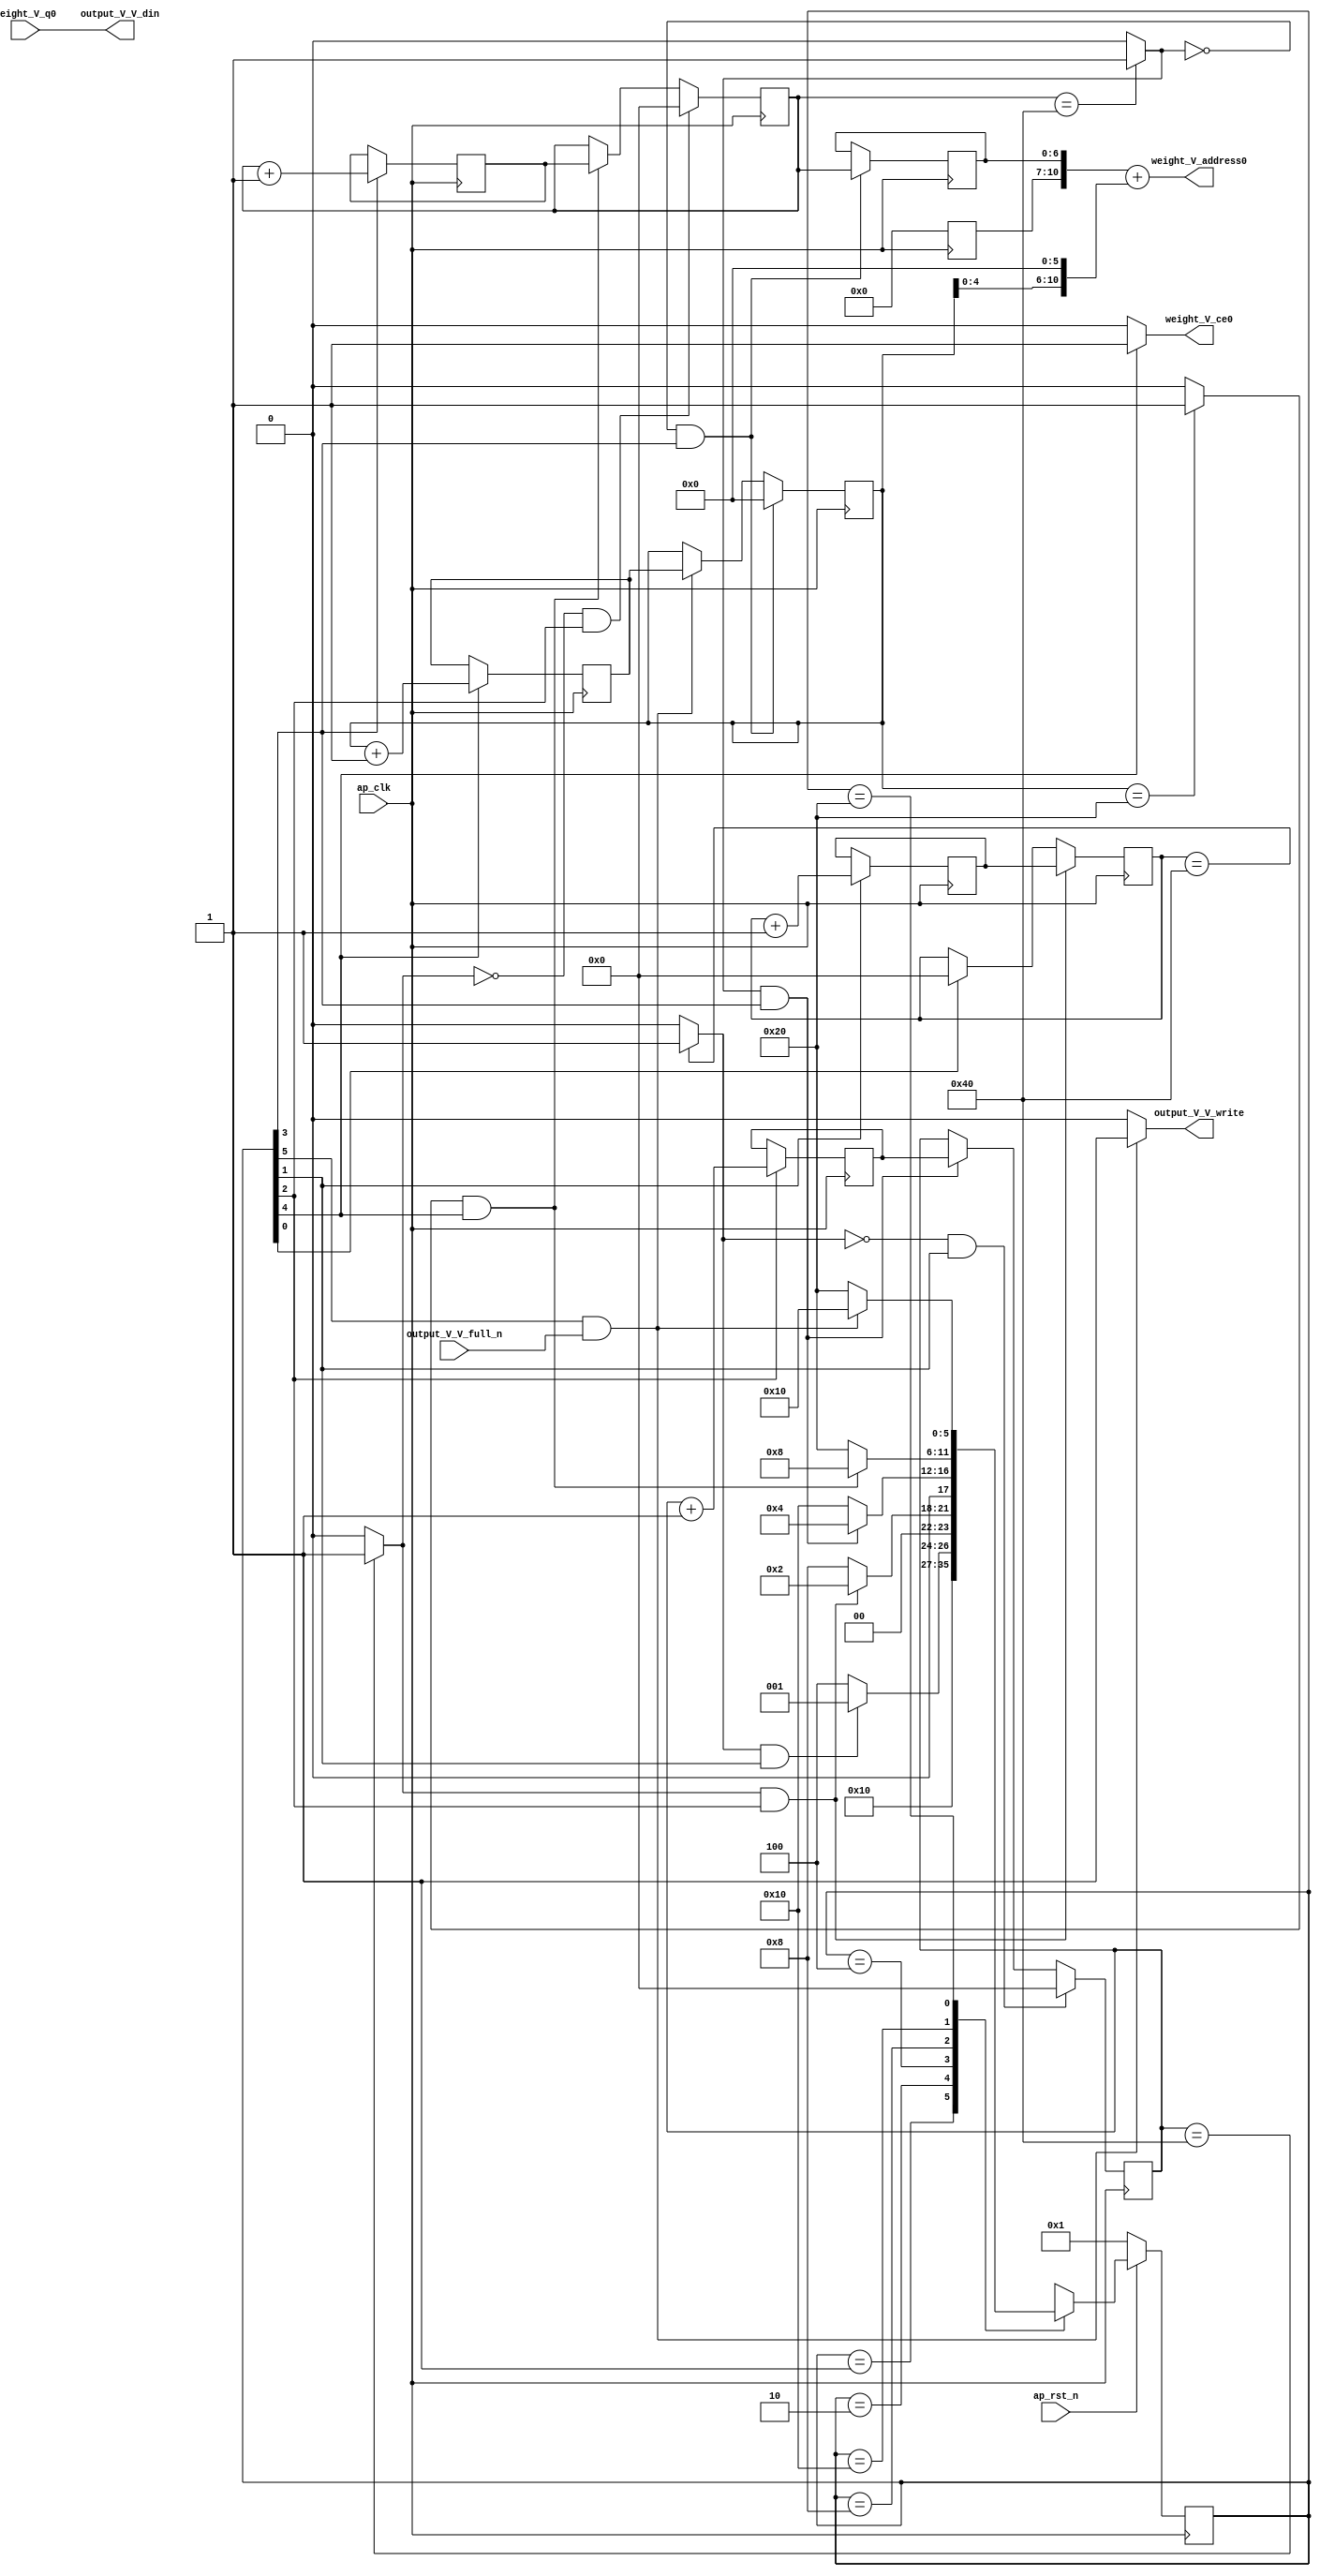
// ==============================================================
// RTL generated by Vivado(TM) HLS - High-Level Synthesis from C, C++ and SystemC
// Version: 2017.4
// Copyright (C) 1986-2017 Xilinx, Inc. All Rights Reserved.
// 
// ===========================================================

`timescale 1 ns / 1 ps 

(* CORE_GENERATION_INFO="weight_s_8,hls_ip_2017_4,{HLS_INPUT_TYPE=cxx,HLS_INPUT_FLOAT=0,HLS_INPUT_FIXED=1,HLS_INPUT_PART=xc7z020clg484-1,HLS_INPUT_CLOCK=10.000000,HLS_INPUT_ARCH=others,HLS_SYN_CLOCK=6.888000,HLS_SYN_LAT=17309825,HLS_SYN_TPT=none,HLS_SYN_MEM=0,HLS_SYN_DSP=0,HLS_SYN_FF=67,HLS_SYN_LUT=207}" *)

module weight_s_7 (
        ap_clk,
        ap_rst_n,
        output_V_V_din,
        output_V_V_full_n,
        output_V_V_write,
        weight_V_address0,
        weight_V_ce0,
        weight_V_q0
);

parameter    ap_ST_fsm_state1 = 6'd1;
parameter    ap_ST_fsm_state2 = 6'd2;
parameter    ap_ST_fsm_state3 = 6'd4;
parameter    ap_ST_fsm_state4 = 6'd8;
parameter    ap_ST_fsm_state5 = 6'd16;
parameter    ap_ST_fsm_state6 = 6'd32;

input   ap_clk;
input   ap_rst_n;
output  [7:0] output_V_V_din;
input   output_V_V_full_n;
output   output_V_V_write;
output  [10:0] weight_V_address0;
output   weight_V_ce0;
input  [7:0] weight_V_q0;

reg output_V_V_write;
reg weight_V_ce0;

reg    ap_rst_n_inv;
reg    output_V_V_blk_n;
(* fsm_encoding = "none" *) reg   [5:0] ap_CS_fsm;
wire    ap_CS_fsm_state6;
wire   [6:0] hout_1_fu_130_p2;
reg   [6:0] hout_1_reg_201;
wire    ap_CS_fsm_state2;
wire   [6:0] wout_1_fu_142_p2;
reg   [6:0] wout_1_reg_209;
wire    ap_CS_fsm_state3;
wire   [6:0] pkern_1_fu_154_p2;
reg   [6:0] pkern_1_reg_217;
wire    ap_CS_fsm_state4;
wire   [12:0] tmp_4_cast_fu_160_p1;
reg   [12:0] tmp_4_cast_reg_222;
wire   [0:0] exitcond7_fu_148_p2;
wire   [5:0] pout_1_fu_170_p2;
reg   [5:0] pout_1_reg_230;
wire    ap_CS_fsm_state5;
wire   [0:0] exitcond_fu_164_p2;
reg   [6:0] hout_reg_80;
wire    ap_CS_fsm_state1;
wire   [0:0] exitcond2_fu_136_p2;
reg   [6:0] wout_reg_91;
wire   [0:0] exitcond1_fu_124_p2;
reg   [6:0] pkern_reg_102;
reg   [5:0] pout_reg_113;
wire   [63:0] tmp_2_cast_fu_193_p1;
wire   [11:0] tmp_fu_176_p3;
wire   [12:0] tmp_1_cast_fu_184_p1;
wire   [12:0] tmp_2_fu_188_p2;
reg   [5:0] ap_NS_fsm;

// power-on initialization
initial begin
#0 ap_CS_fsm = 6'd1;
end

always @ (posedge ap_clk) begin
    if (ap_rst_n_inv == 1'b1) begin
        ap_CS_fsm <= ap_ST_fsm_state1;
    end else begin
        ap_CS_fsm <= ap_NS_fsm;
    end
end

always @ (posedge ap_clk) begin
    if (((exitcond2_fu_136_p2 == 1'd1) & (1'b1 == ap_CS_fsm_state3))) begin
        hout_reg_80 <= hout_1_reg_201;
    end else if ((1'b1 == ap_CS_fsm_state1)) begin
        hout_reg_80 <= 7'd0;
    end
end

always @ (posedge ap_clk) begin
    if (((exitcond2_fu_136_p2 == 1'd0) & (1'b1 == ap_CS_fsm_state3))) begin
        pkern_reg_102 <= 7'd0;
    end else if (((exitcond_fu_164_p2 == 1'd1) & (1'b1 == ap_CS_fsm_state5))) begin
        pkern_reg_102 <= pkern_1_reg_217;
    end
end

always @ (posedge ap_clk) begin
    if (((exitcond7_fu_148_p2 == 1'd0) & (1'b1 == ap_CS_fsm_state4))) begin
        pout_reg_113 <= 6'd0;
    end else if (((1'b1 == ap_CS_fsm_state6) & (output_V_V_full_n == 1'b1))) begin
        pout_reg_113 <= pout_1_reg_230;
    end
end

always @ (posedge ap_clk) begin
    if (((exitcond1_fu_124_p2 == 1'd0) & (1'b1 == ap_CS_fsm_state2))) begin
        wout_reg_91 <= 7'd0;
    end else if (((exitcond7_fu_148_p2 == 1'd1) & (1'b1 == ap_CS_fsm_state4))) begin
        wout_reg_91 <= wout_1_reg_209;
    end
end

always @ (posedge ap_clk) begin
    if ((1'b1 == ap_CS_fsm_state2)) begin
        hout_1_reg_201 <= hout_1_fu_130_p2;
    end
end

always @ (posedge ap_clk) begin
    if ((1'b1 == ap_CS_fsm_state4)) begin
        pkern_1_reg_217 <= pkern_1_fu_154_p2;
    end
end

always @ (posedge ap_clk) begin
    if ((1'b1 == ap_CS_fsm_state5)) begin
        pout_1_reg_230 <= pout_1_fu_170_p2;
    end
end

always @ (posedge ap_clk) begin
    if (((exitcond7_fu_148_p2 == 1'd0) & (1'b1 == ap_CS_fsm_state4))) begin
        tmp_4_cast_reg_222[6 : 0] <= tmp_4_cast_fu_160_p1[6 : 0];
    end
end

always @ (posedge ap_clk) begin
    if ((1'b1 == ap_CS_fsm_state3)) begin
        wout_1_reg_209 <= wout_1_fu_142_p2;
    end
end

always @ (*) begin
    if ((1'b1 == ap_CS_fsm_state6)) begin
        output_V_V_blk_n = output_V_V_full_n;
    end else begin
        output_V_V_blk_n = 1'b1;
    end
end

always @ (*) begin
    if (((1'b1 == ap_CS_fsm_state6) & (output_V_V_full_n == 1'b1))) begin
        output_V_V_write = 1'b1;
    end else begin
        output_V_V_write = 1'b0;
    end
end

always @ (*) begin
    if ((1'b1 == ap_CS_fsm_state5)) begin
        weight_V_ce0 = 1'b1;
    end else begin
        weight_V_ce0 = 1'b0;
    end
end

always @ (*) begin
    case (ap_CS_fsm)
        ap_ST_fsm_state1 : begin
            ap_NS_fsm = ap_ST_fsm_state2;
        end
        ap_ST_fsm_state2 : begin
            if (((exitcond1_fu_124_p2 == 1'd1) & (1'b1 == ap_CS_fsm_state2))) begin
                ap_NS_fsm = ap_ST_fsm_state1;
            end else begin
                ap_NS_fsm = ap_ST_fsm_state3;
            end
        end
        ap_ST_fsm_state3 : begin
            if (((exitcond2_fu_136_p2 == 1'd1) & (1'b1 == ap_CS_fsm_state3))) begin
                ap_NS_fsm = ap_ST_fsm_state2;
            end else begin
                ap_NS_fsm = ap_ST_fsm_state4;
            end
        end
        ap_ST_fsm_state4 : begin
            if (((exitcond7_fu_148_p2 == 1'd1) & (1'b1 == ap_CS_fsm_state4))) begin
                ap_NS_fsm = ap_ST_fsm_state3;
            end else begin
                ap_NS_fsm = ap_ST_fsm_state5;
            end
        end
        ap_ST_fsm_state5 : begin
            if (((exitcond_fu_164_p2 == 1'd1) & (1'b1 == ap_CS_fsm_state5))) begin
                ap_NS_fsm = ap_ST_fsm_state4;
            end else begin
                ap_NS_fsm = ap_ST_fsm_state6;
            end
        end
        ap_ST_fsm_state6 : begin
            if (((1'b1 == ap_CS_fsm_state6) & (output_V_V_full_n == 1'b1))) begin
                ap_NS_fsm = ap_ST_fsm_state5;
            end else begin
                ap_NS_fsm = ap_ST_fsm_state6;
            end
        end
        default : begin
            ap_NS_fsm = 'bx;
        end
    endcase
end

assign ap_CS_fsm_state1 = ap_CS_fsm[32'd0];

assign ap_CS_fsm_state2 = ap_CS_fsm[32'd1];

assign ap_CS_fsm_state3 = ap_CS_fsm[32'd2];

assign ap_CS_fsm_state4 = ap_CS_fsm[32'd3];

assign ap_CS_fsm_state5 = ap_CS_fsm[32'd4];

assign ap_CS_fsm_state6 = ap_CS_fsm[32'd5];

always @ (*) begin
    ap_rst_n_inv = ~ap_rst_n;
end

assign exitcond1_fu_124_p2 = ((hout_reg_80 == 7'd64) ? 1'b1 : 1'b0);

assign exitcond2_fu_136_p2 = ((wout_reg_91 == 7'd64) ? 1'b1 : 1'b0);

assign exitcond7_fu_148_p2 = ((pkern_reg_102 == 7'd64) ? 1'b1 : 1'b0);

assign exitcond_fu_164_p2 = ((pout_reg_113 == 6'd32) ? 1'b1 : 1'b0);

assign hout_1_fu_130_p2 = (hout_reg_80 + 7'd1);

assign output_V_V_din = weight_V_q0;

assign pkern_1_fu_154_p2 = (pkern_reg_102 + 7'd1);

assign pout_1_fu_170_p2 = (pout_reg_113 + 6'd1);

assign tmp_1_cast_fu_184_p1 = tmp_fu_176_p3;

assign tmp_2_cast_fu_193_p1 = tmp_2_fu_188_p2;

assign tmp_2_fu_188_p2 = (tmp_4_cast_reg_222 + tmp_1_cast_fu_184_p1);

assign tmp_4_cast_fu_160_p1 = pkern_reg_102;

assign tmp_fu_176_p3 = {{pout_reg_113}, {6'd0}};

assign weight_V_address0 = tmp_2_cast_fu_193_p1;

assign wout_1_fu_142_p2 = (wout_reg_91 + 7'd1);

always @ (posedge ap_clk) begin
    tmp_4_cast_reg_222[12:7] <= 6'b000000;
end

endmodule //weight_s_7